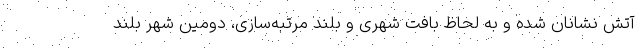
آتش نشانان شده و به لحاظ بافت شهری و بلند مرتبه‌سازی، دومین شهر بلند